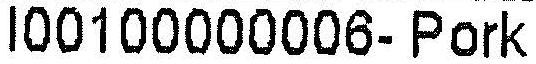
I00100000006- PORK